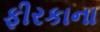
ફીરકાના